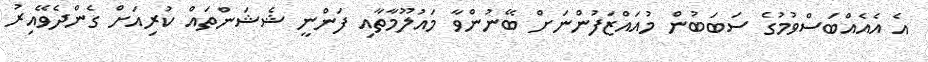
އެ އެއެއްބަސްވުމުގެ ސަބަބުން މުއައްޒަފުންނަށް ބޭނުންވާ މައުލޫމާތާއި ފަންނީ ޝެޝަންތައް ކުރިއަށް ގެންދެވޭއިރު